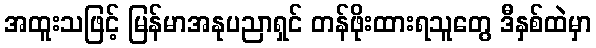
အထူးသဖြင့် မြန်မာအနုပညာရှင် တန်ဖိုးထားရသူတွေ ဒီနှစ်ထဲမှာ